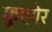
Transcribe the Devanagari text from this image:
क्रूएगेर